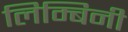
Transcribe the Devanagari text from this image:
लिम्बिनी